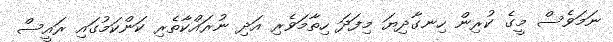
ނަމަވެސް މީގެ ކުރިން ހިނގާދިޔަ މިފަދަ ހިތާމަވެރި އަދި ނުރައްކާތެރި ކަންކަމުގައި ރައީސް